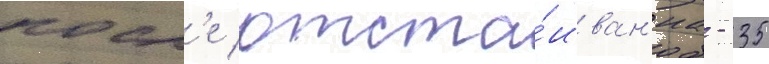
посл'е отста́иван'иа - 35